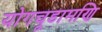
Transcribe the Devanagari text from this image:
योगचूडामणि